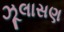
ઝૂલાસણ